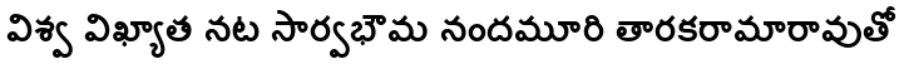
విశ్వ విఖ్యాత నట సార్వభౌమ నందమూరి తారకరామారావుతో